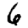
Digit: 6